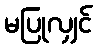
မပြုလျှင်